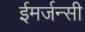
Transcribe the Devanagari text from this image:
ईमर्जन्सी